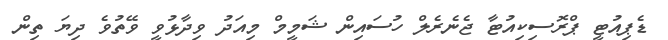
ޑެޕިއުޓީ ޕްރޮސިކިއުޓާ ޖެނެރެލް ހުސައިން ޝަމީމް މިއަދު ވިދާޅުވީ ވޭތުވެ ދިޔަ ތިން